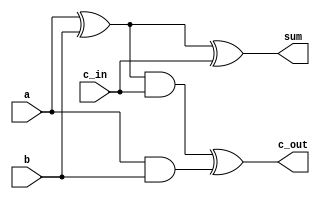
module fulladder (input a, b, c_in, output sum, c_out);
wire s1, c1, c2;

xor g1(s1, a, b);
xor g2(sum, s1, c_in);
and g3(c1, a,b);
and g4(c2, s1, c_in) ;
xor g5(c_out, c2, c1) ;

endmodule

module adder4(input signed [3:0] a, input signed [3:0] b, input c_in, output signed [3:0] sum, output c_out);
wire [3:0] c;

fulladder fa1(a[0],b[0], c_in, sum[0], c[1]) ;
fulladder fa2(a[1],b[1], c[1], sum[1], c[2]) ;
fulladder fa3(a[2],b[2], c[2], sum[2], c[3]) ;
fulladder fa4(a[3],b[3], c[3], sum[3], c_out) ;

endmodule

module main;
reg signed [3:0] a;
reg signed [3:0] b;
wire signed [3:0] sum;
wire c_out;

adder4 DUT (a, b, 1'b0, sum, c_out);

initial
begin
  a = 4'b0101;
  b = 4'b0000;
end

always #50 begin
  b=b+1;
  $monitor("%dns monitor: a=%d b=%d sum=%d", $stime, a, b, sum);
end

initial #2000 $finish;

endmodule